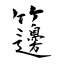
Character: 籩